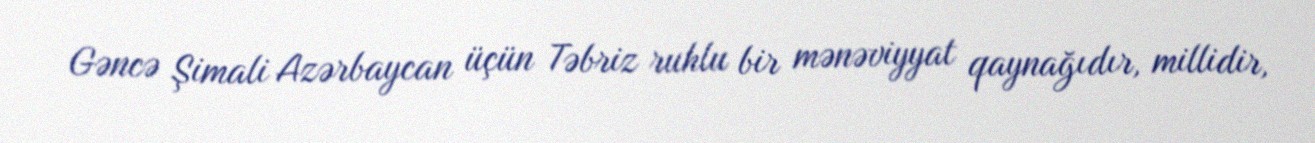
Gəncə Şimali Azərbaycan üçün Təbriz ruhlu bir mənəviyyat qaynağıdır, millidir,